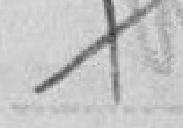
novembre 99